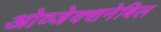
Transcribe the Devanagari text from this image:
ओव्जेक्शनेबिल